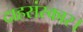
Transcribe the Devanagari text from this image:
दाहसंस्कार।